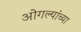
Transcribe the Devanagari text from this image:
ओगल्यांच्या